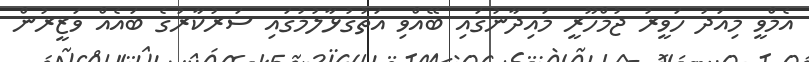
އެމްވީ މިއަދު ހަވީރު ޖުމްހޫރީ މައިދާނުގައި ބޭއްވި އަތުގުޅާލުމުގައި ސަރުކާރުގެ ބައެއް ވަޒީރުން